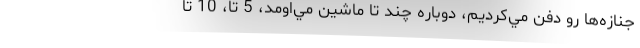
جنازه‌ها رو دفن مي‌كرديم، دوباره چند تا ماشين مي‌اومد، 5 تا، 10 تا